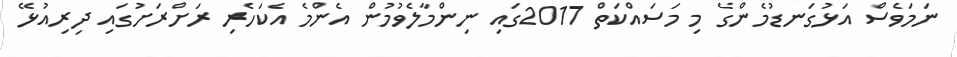
ނަމަވެސް އަޅުގަނޑުމެންގެ މި މަސައްކަތް 2017ގައި ނިންމާލެވުމުން އެންމެ އެކަހެރި ރަށްރަށުގައި ދިރިއުޅޭ